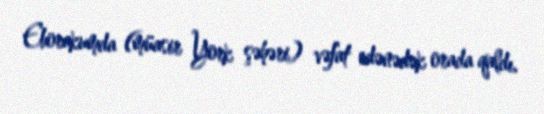
Eborakumda (müasir York şəhəri) vəfat edənədək orada qaldı.